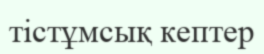
тістұмсық кептер